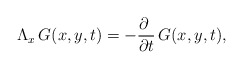
\begin{align*}\Lambda_x \, G (x,y,t) = - \frac{\partial\phantom{t}}{\partial t} \, G(x,y,t), \end{align*}